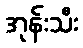
အုန်းသီး